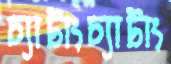
চ্যাটাংচ্যাটাং